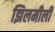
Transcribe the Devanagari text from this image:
झिलमीली